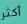
أكثر